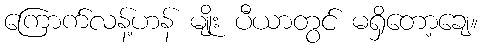
ကြောက်လန့်ဟန် မျိုး ပီယာတွင် မရှိတော့ချေ။